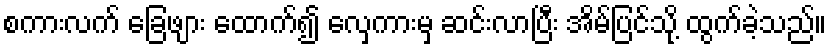
စကားလက် ခြေဖျား ထောက်၍ လှေကားမှ ဆင်းလာပြီး အိမ်ပြင်သို့ ထွက်ခဲ့သည်။